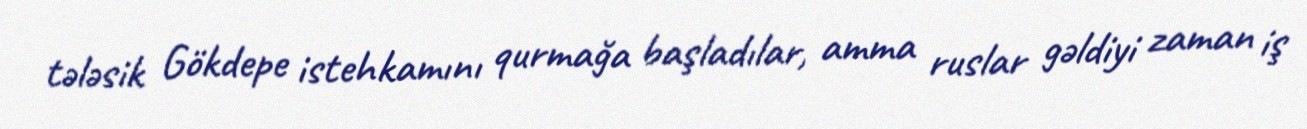
tələsik Gökdepe istehkamını qurmağa başladılar, amma ruslar gəldiyi zaman iş